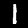
Digit: 1